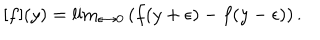
LaTeX: [ f ] ( y ) = \mathrm { l i m } _ { \epsilon \rightarrow 0 } \left( f ( y + \epsilon ) - f ( y - \epsilon ) \right) .